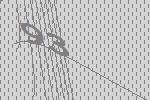
93